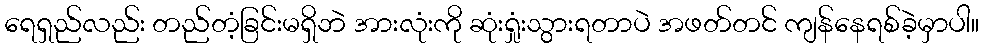
ရေရှည်လည်း တည်တံ့ခြင်းမရှိဘဲ အားလုံးကို ဆုံးရှုံးသွားရတာပဲ အဖတ်တင် ကျန်နေရစ်ခဲ့မှာပါ။